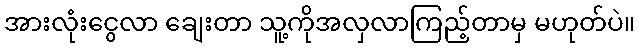
အားလုံးငွေလာ ချေးတာ သူ့ကိုအလှလာကြည့်တာမှ မဟုတ်ပဲ။